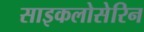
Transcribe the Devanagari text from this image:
साइकलोसेरिन